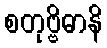
စတုဗ္ဗိဓာနိ